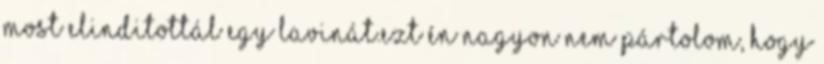
most elinditottál egy lavinát.Ezt én nagyon nem pártolom, hogy